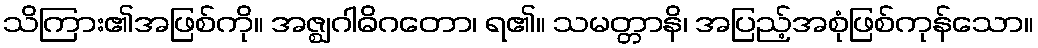
သိကြား၏အဖြစ်ကို။ အဇ္ဈဂါဓိဂတော၊ ရ၏။ သမတ္တာနိ၊ အပြည့်အစုံဖြစ်ကုန်သော။